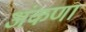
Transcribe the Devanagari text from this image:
अंकणा